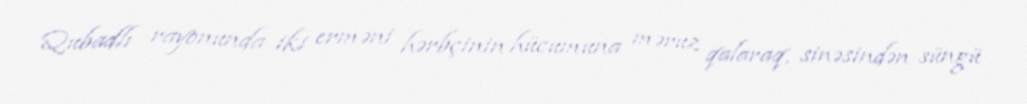
Qubadlı rayonunda iki erməni hərbçinin hücumuna məruz qalaraq, sinəsindən süngü